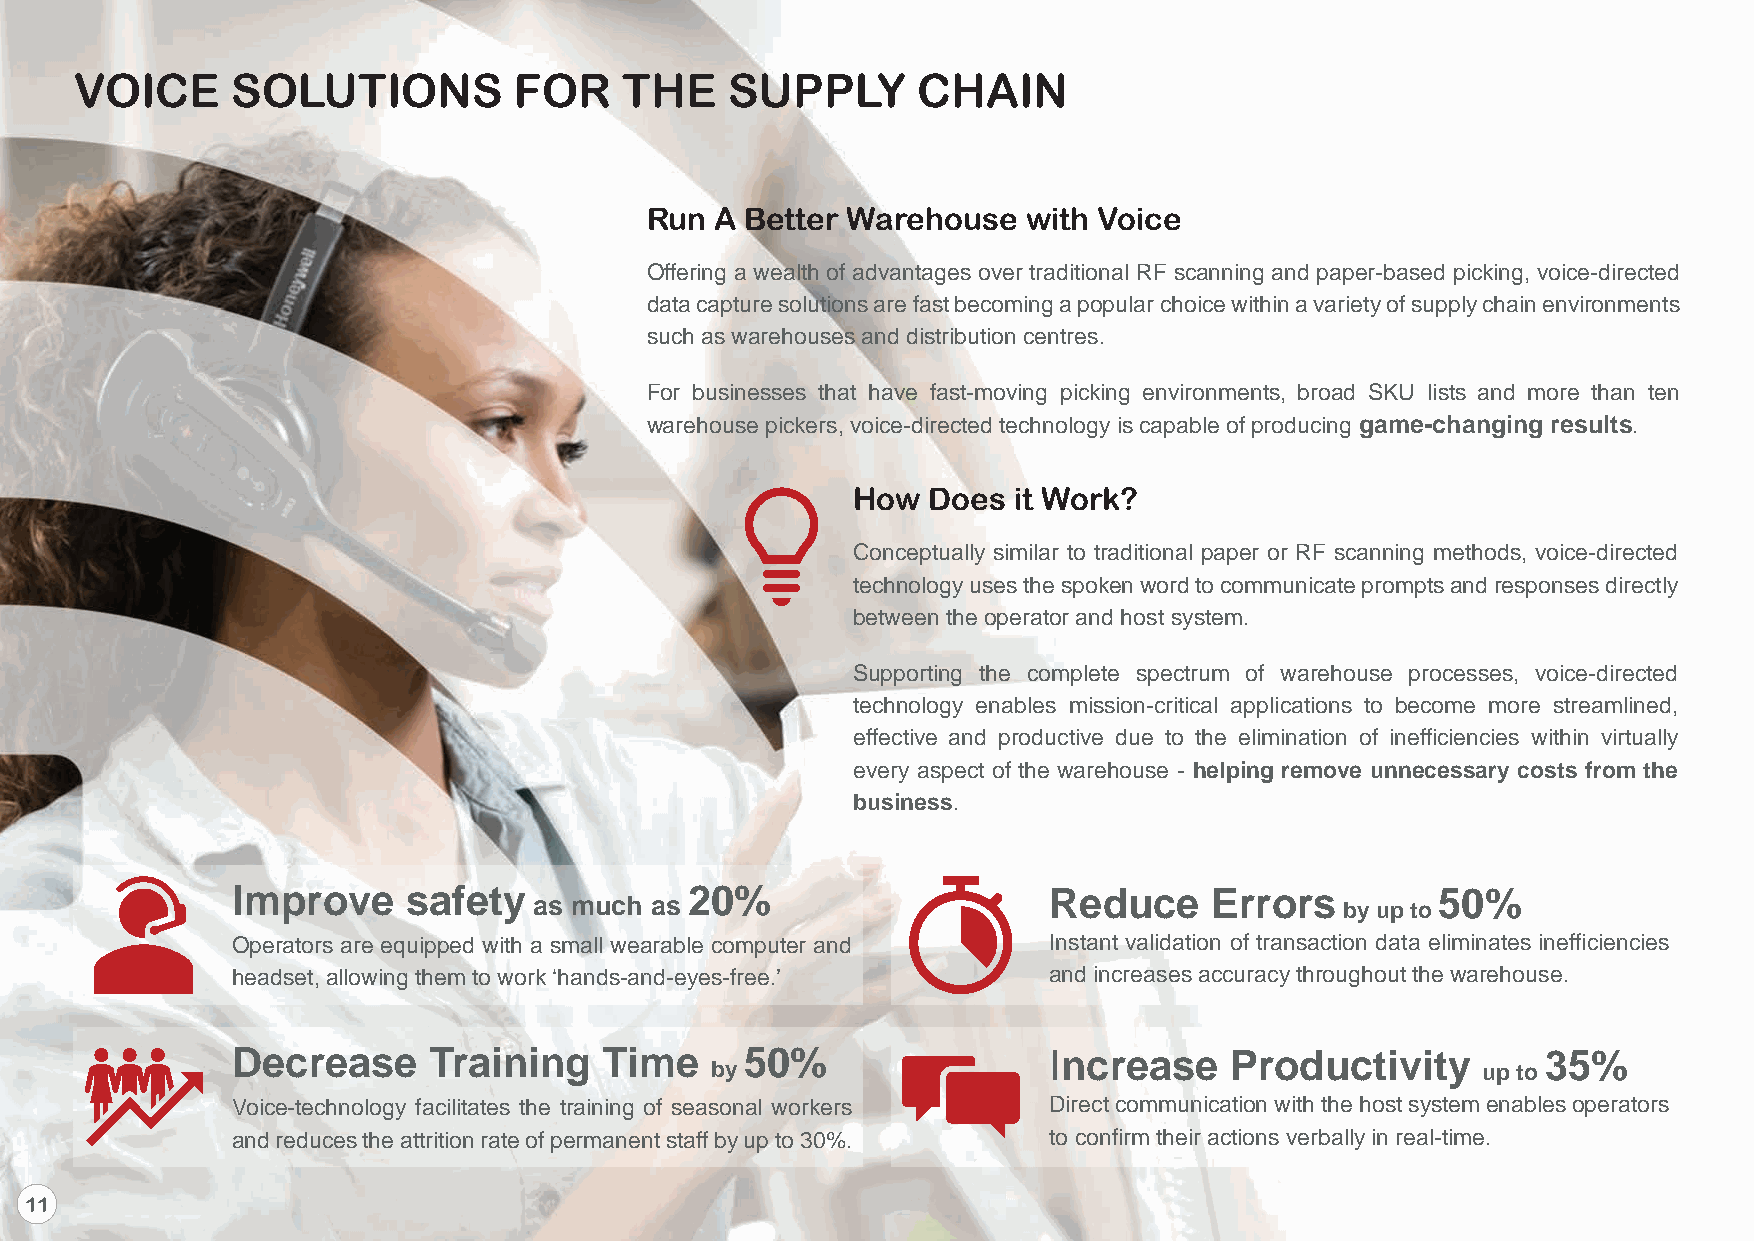
VOICE     SOLUTIONS          FOR    THE    SUPPLY       CHAIN
 Run A Better Warehouse   with Voice
 Offering a wealth of advantages over traditional RF scanning and paper-based picking, voice-directed
 data capture solutions are fast becoming a popular choice within a variety of supply chain environments
 such as warehouses and distribution centres.
 For businesses that have fast-moving picking environments, broad SKU lists and more than ten
 warehouse pickers, voice-directed technology is capable of producing game-changing results.
 How   Does it Work?
 Conceptually similar to traditional paper or RF scanning methods, voice-directed
 technology uses the spoken word to communicate prompts and responses directly
 between the operator and host system.
 Supporting the complete spectrum of warehouse processes, voice-directed
 technology enables mission-critical applications to become more streamlined,
 effective and productive due to the elimination of inefficiencies within virtually
 every aspect of the warehouse - helping remove unnecessary costs from the
 business.
 Improve     safety  as much as 20%                    Reduce     Errors   by up to 50%
 Operators are equipped with a small wearable computer and Instant validation of transaction data eliminates inefficiencies
 headset, allowing them to work ‘hands-and-eyes-free.’ and increases accuracy throughout the warehouse.
 Decrease     Training    Time     50%                 Increase    Productivity         35%
 by                                                 up to
 Voice-technology facilitates the training of seasonal workers Direct communication with the host system enables operators
 and reduces the attrition rate of permanent staff by up to 30%. to confirm their actions verbally in real-time.
 11